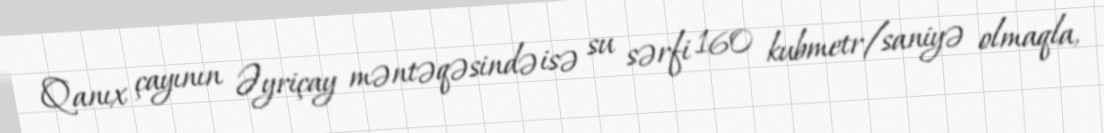
Qanıx çayının Əyriçay məntəqəsində isə su sərfi 160 kubmetr/saniyə olmaqla,